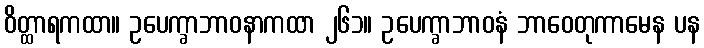
ဝိတ္ထာရကထာ။ ဥပေက္ခာဘာဝနာကထာ ၂၆၁။ ဥပေက္ခာဘာဝနံ ဘာဝေတုကာမေန ပန